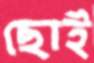
ছোই